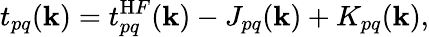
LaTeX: t_{pq}(\mathbf k)=t_{pq}^{\mathrm HF}(\mathbf k)-J_{pq}(\mathbf k)+K_{pq}(\mathbf k),